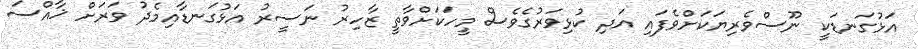
އަޅުގަނޑަކީ ނޫސްވެރިޔަކަށްވެފައި އަދި ކުޅިވަރުގެވެސް މީހަކަށްވާތީ ޒާހިރު ނަސީރު އަޅުގަނޑާއިމެދު ވަރަށް ޚާއްސަ